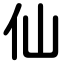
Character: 仙